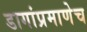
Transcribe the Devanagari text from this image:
डागांप्रमाणेच